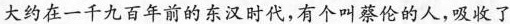
大约在一千九百年前的东汉时代，有个叫蔡伦的人，吸收了